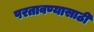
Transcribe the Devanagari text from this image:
परतावण्यासाठी